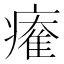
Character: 𤹩